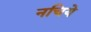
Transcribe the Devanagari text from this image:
नचिये